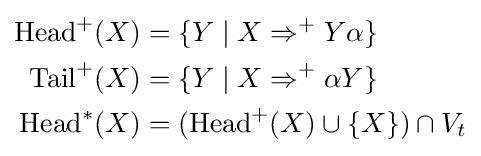
{\begin{aligned}\mathrm {Head} ^{+}(X)&=\{Y\mid X\Rightarrow ^{+}Y\alpha \}\\\mathrm {Tail} ^{+}(X)&=\{Y\mid X\Rightarrow ^{+}\alpha Y\}\\\mathrm {Head} ^{*}(X)&=(\mathrm {Head} ^{+}(X)\cup \{X\})\cap V_{t}\end{aligned}}